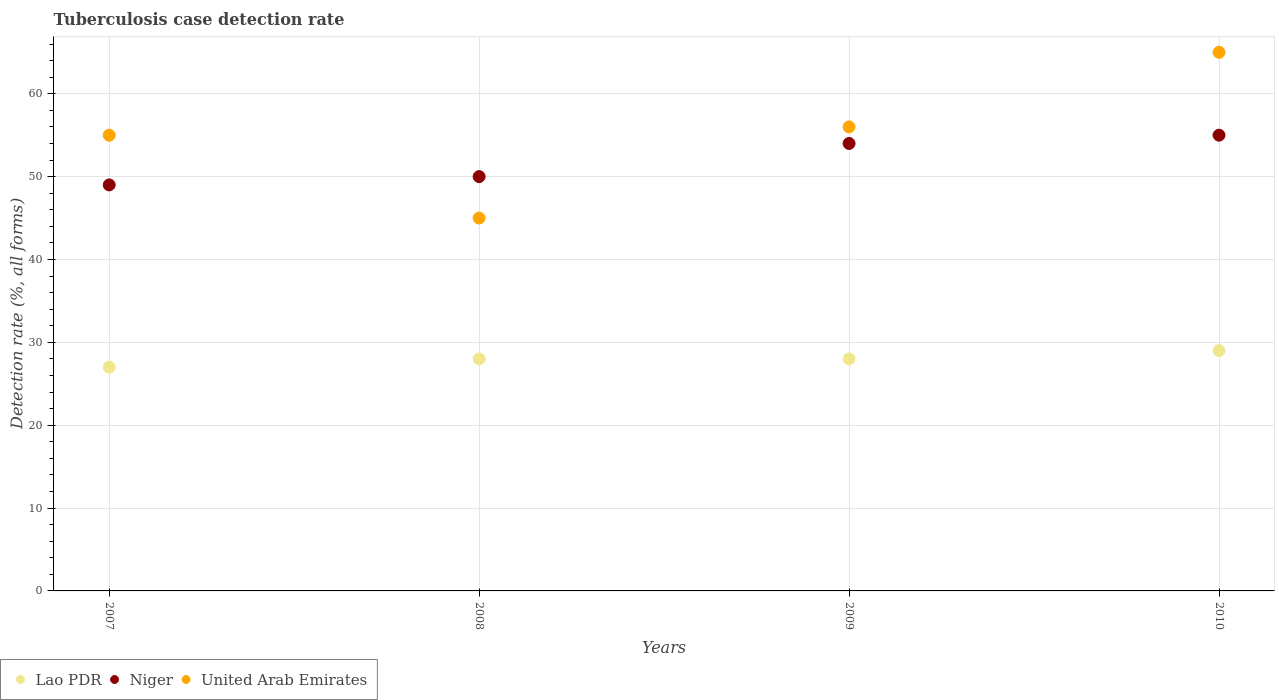
| Years | Lao PDR | Niger | United Arab Emirates |
 | --- | --- | --- | --- |
 | 2007 | 27 | 49 | 55 |
 | 2008 | 28 | 50 | 45 |
 | 2009 | 28 | 54 | 56 |
 | 2010 | 29 | 55 | 65 |